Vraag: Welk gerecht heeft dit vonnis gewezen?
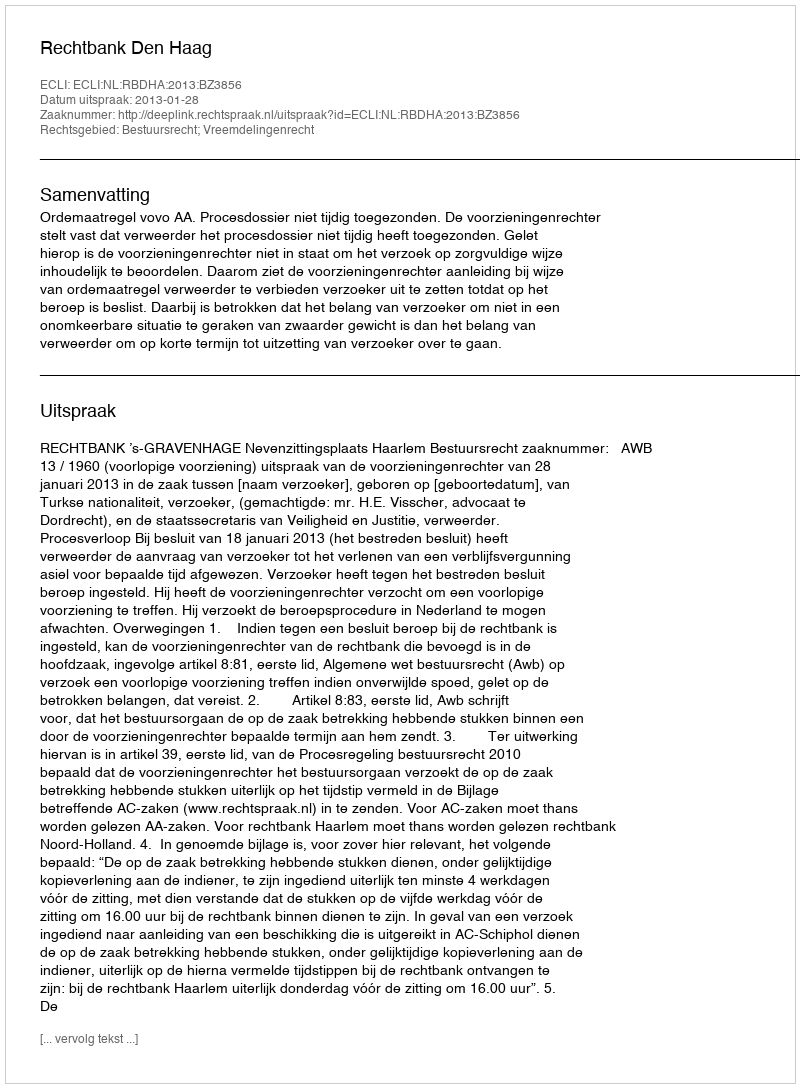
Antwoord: Rechtbank Den Haag